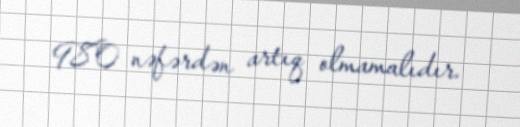
980 nəfərdən artıq olmamalıdır.